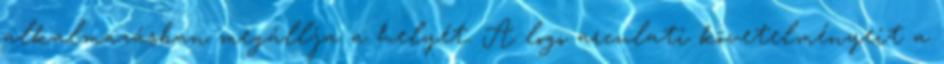
alkalmazásban megállja a helyét. A logo arculati követelményeit a